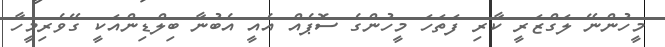
މީހުންނޭ ލަގްޒަރީ ކާރި ފަތަހަ މީހުންގެ ސޮޕެއް އެއީ އެބުނާ ބިލްޑިންއަކީ ގޭވެރިމީހާ